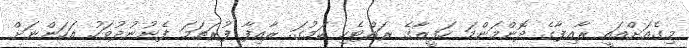
މިގެއަށްއައީ ރާއިފާގެ ދޮންމަންމަ ހަފީޒާގެ ރައްޓެހި ކަމުގަ. ރާއިފާ ފުރަތަމަ ފެނުނުދުވަހު އަހަންނަށް